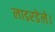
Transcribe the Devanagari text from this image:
लाडरडेले।